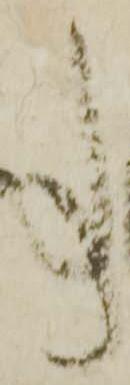
事